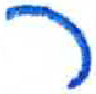
אות: ר